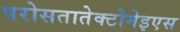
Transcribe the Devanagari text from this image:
परोसतातेक्टोमेइएस